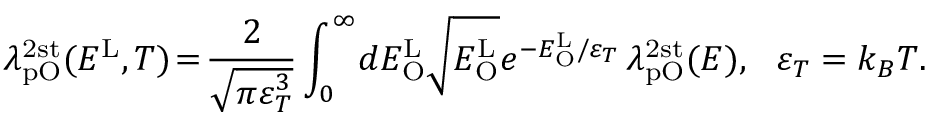
\lambda _ { \mathrm { p O } } ^ { \mathrm { 2 s t } } ( E ^ { \mathrm { L } } , T ) \! = \! \frac { 2 } { \sqrt { \pi \varepsilon _ { T } ^ { 3 } } } \int _ { 0 } ^ { \infty } \! d E _ { \mathrm { O } } ^ { \mathrm { L } } \sqrt { E _ { \mathrm { O } } ^ { \mathrm { L } } } e ^ { - E _ { \mathrm { O } } ^ { \mathrm { L } } / \varepsilon _ { T } } \, \lambda _ { \mathrm { p O } } ^ { \mathrm { 2 s t } } ( E ) , \ \ \varepsilon _ { T } = k _ { B } T .